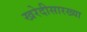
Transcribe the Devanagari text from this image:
खरेदीसारख्या